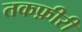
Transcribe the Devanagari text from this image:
तकफ़ीरी